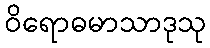
ဝိရောဓမာသာဒုသု